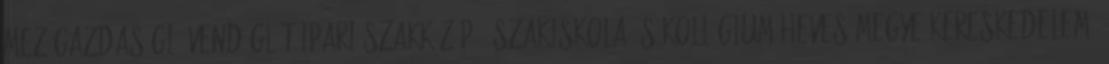
Mezőgazdasági, Vendéglátóipari Szakközép-, Szakiskola és Kollégium Heves megye kereskedelem,